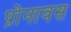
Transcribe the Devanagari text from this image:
प्रोनावस